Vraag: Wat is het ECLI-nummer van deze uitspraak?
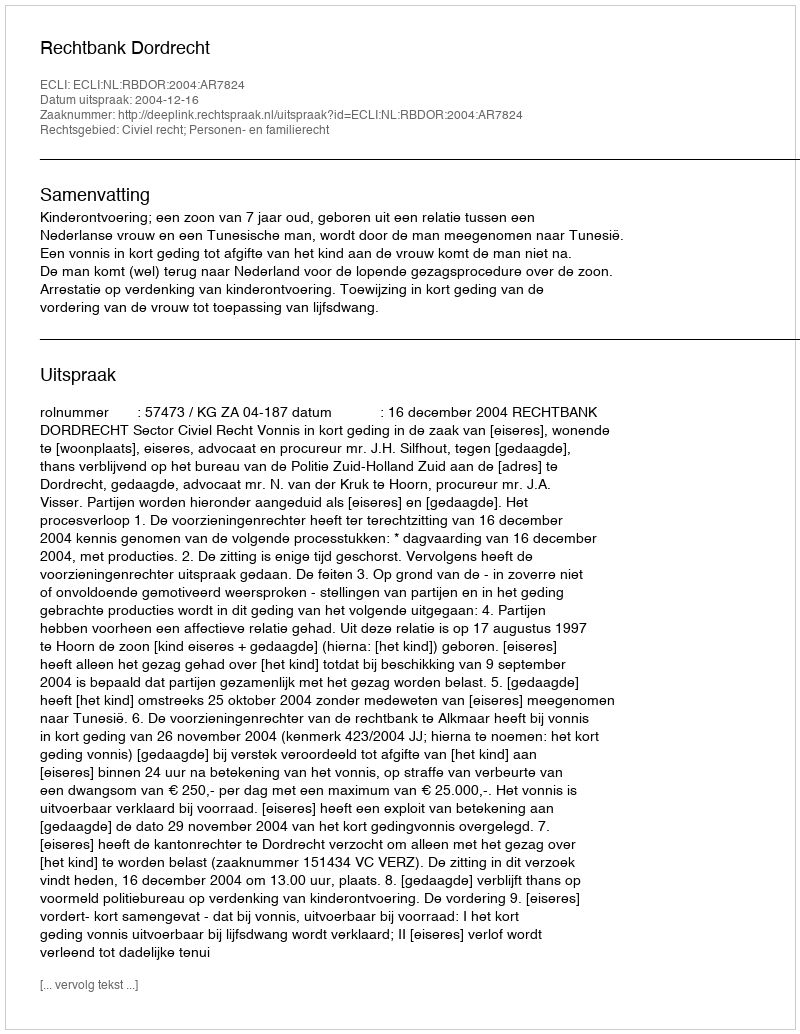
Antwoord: ECLI:NL:RBDOR:2004:AR7824